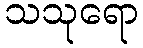
သသုရော